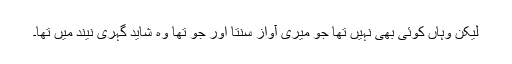
لیکن وہاں کوئی بھی نہیں تھا جو میری آواز سنتا اور جو تھا وہ شاید گہری نیند میں تھا۔